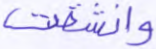
وانشقت